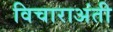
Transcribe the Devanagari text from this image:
विचाराअंती